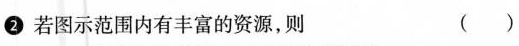
2.若图示范围内有丰富的资源，则（）